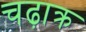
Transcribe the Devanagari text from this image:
चढ़ाक्र